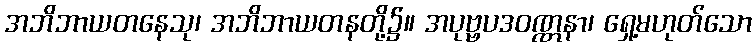
အဘိဘာယတနေသု၊ အဘိဘာယတနတို့၌။ အပုဗ္ဗပဒဝဏ္ဏနာ၊ ရှေ့မဟုတ်သော